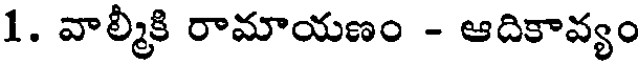
1. వాల్మీకి రామాయణం - ఆదికావ్యం